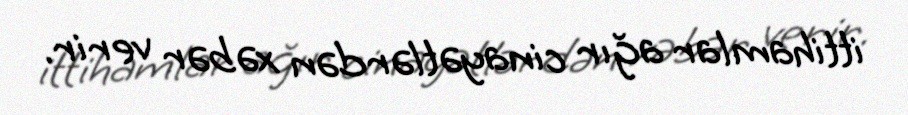
ittihamlar ağır cinayətlərdən xəbər verir.